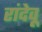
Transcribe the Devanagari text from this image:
रांदेवू